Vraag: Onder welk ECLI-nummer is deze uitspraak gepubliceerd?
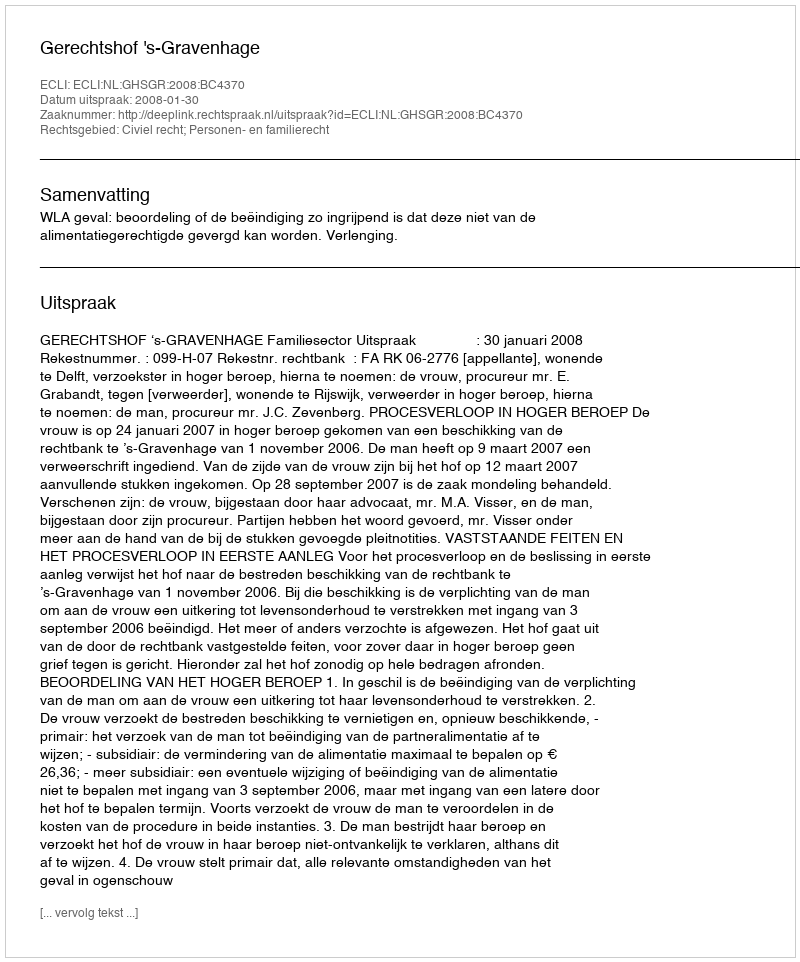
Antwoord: ECLI:NL:GHSGR:2008:BC4370